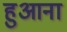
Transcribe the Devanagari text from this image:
हुआना